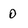
Character: 0